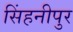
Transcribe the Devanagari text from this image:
सिंहनीपुर